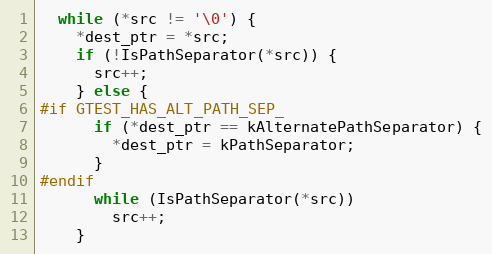
Language: C++
  while (*src != '\0') {
    *dest_ptr = *src;
    if (!IsPathSeparator(*src)) {
      src++;
    } else {
#if GTEST_HAS_ALT_PATH_SEP_
      if (*dest_ptr == kAlternatePathSeparator) {
        *dest_ptr = kPathSeparator;
      }
#endif
      while (IsPathSeparator(*src))
        src++;
    }